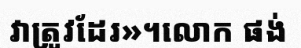
វាត្រូវដែរ»។លោក ផង់